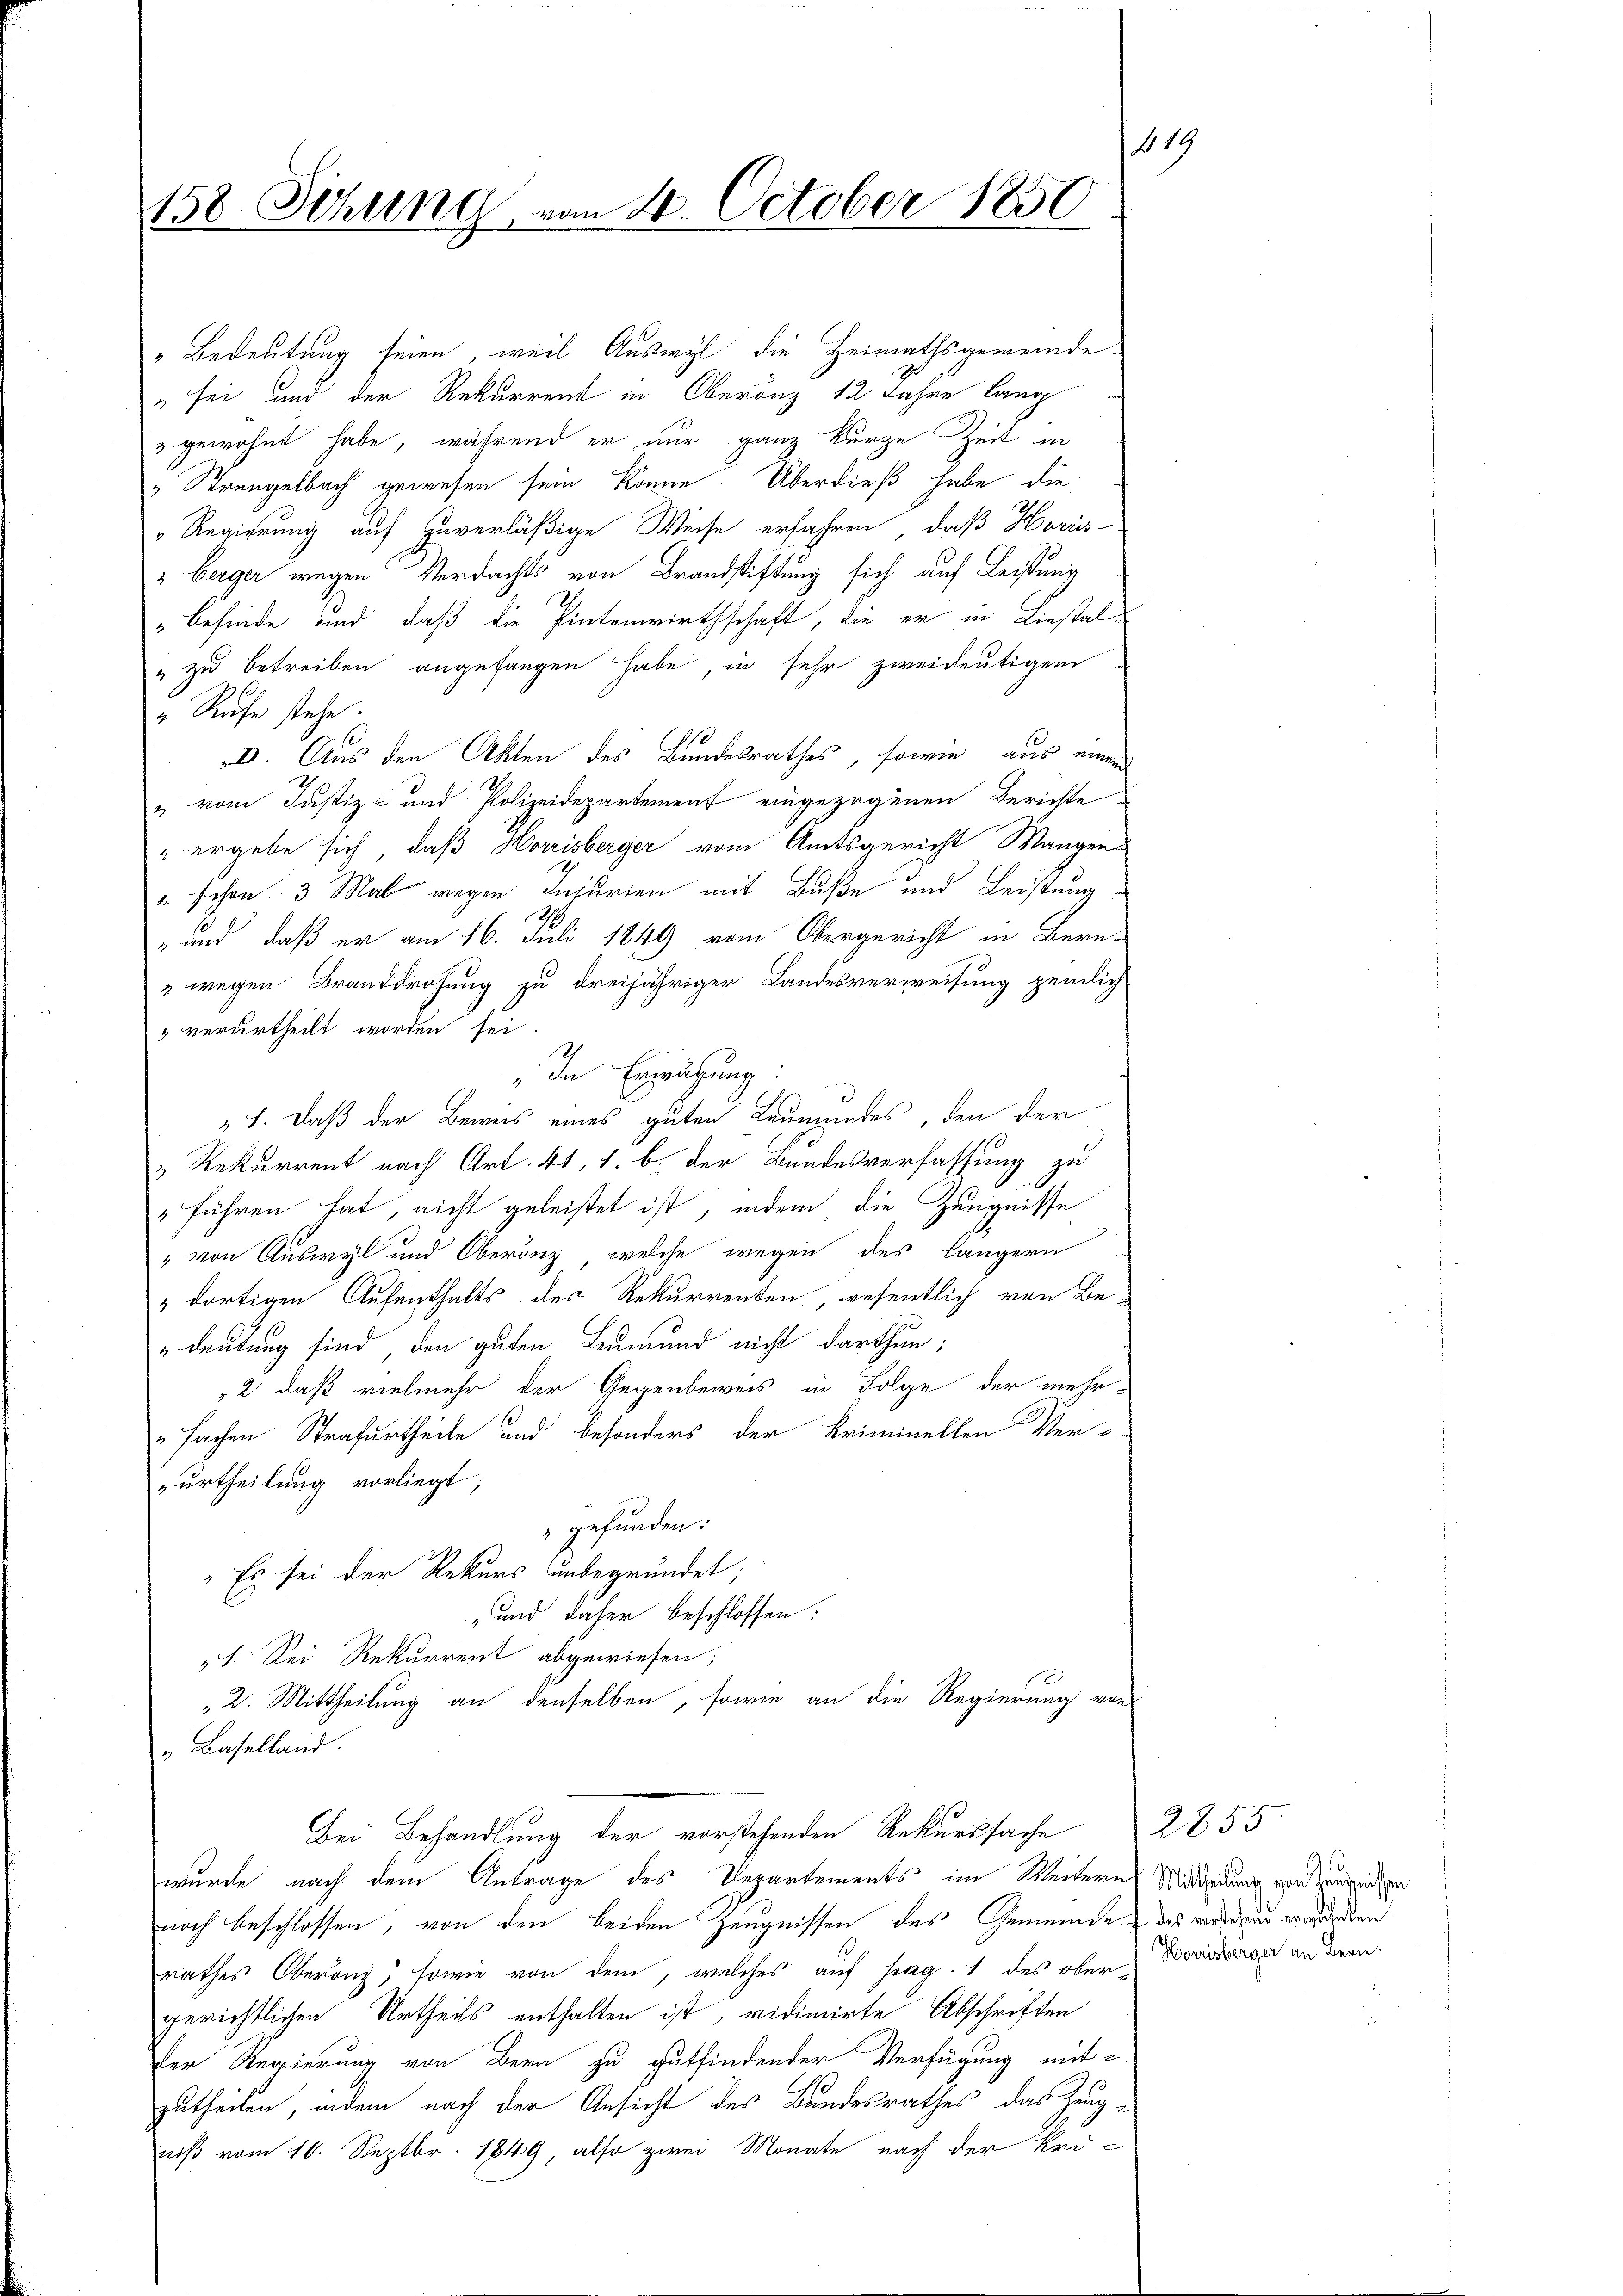
119
158. Ochung, vom 20. October 1850
.

„Bedeutung seien, weil Auswyl die Heimathsgemeinde¬
 sei und der Rekurrent in Oberanz 12 Jahre lang
& gewohnt habe, während er nur ganz kurze Zeit in
 Strengelbach gewesen sein könne. Überdieß habe die
"Regierung auf Zuverläßige Weise erfahren, daß Horis-
berger wegen Verdachts von Brandstiftung sich auf Leistung
Z
" befinde und daß die Eintenwirthschaft, die er in Liestal¬
" zu betreiben angefangen habe, in sehr zweideutigem
" Rufe stehe.
D. Aus den Akten des Bundesrathes, sowie aus einem
" vom Justiz- und Polizeidepartement eingezogenen Berichte
" ergebe sich, daß Horrisberger vom Amtsgericht Wangen
" schon 3 Mal wegen Injurien mit Buße und Leistung
" und daß er am 16. Juli 1849 vom Obergericht in Bern¬
"wegen Branddrohung zu dreijähriger Landesverweisung pendlich
3 verurtheilt worden sei.
" In Erwägung:
„1. Daß der Beweis eines guten Leumundes, den der
" Rekurrent nach Art. 41, 1. b. der Bundesverfassung zu
"führen hat, nicht geleistet ist, indem die Zeugnisse
" von Auswyl und Oberanz, welche wegen des längern
" dortigen Aufenthalts des Rekurrenten, wesentlich von Be¬
"Deutung sind, den guten Leumund nicht darthun;
2 daß vielmehr der Gegenbeweis in Folge der mehr-
fachen Strafurtheile und besonders der Kriminellen Verurtheilung vorliegt;
gefunden:
" Es sei der Rekurs unbegründet;
und daher beschlossen:
1. Sei Rekurrent abgewiesen;
2. Mittheilung an denselben, sowie an die Regierung von
„ Baselland.
Bei Behandlung der vorstehenden Rekurssache
wurde nach dem Antrage des Departements im Weitern Mittheidung von Zungenden
noch beschlossen, von den beiden Zeugnissen des Gemeinde das worderung erwürden
rathes Oberanz, sowie von dene, welches auf pag. 1 des ober, Boudra an deren
gerichtlichen Urtheils enthalten ist, vidimirte Abschriften
Der Regierung von Bern zu gutfindender Verfügung mit-
zutheilen, indem nach der Ansicht des Bundesrathes, das Zeugniß vom 10. Septbr. 1849, also zwei Monate nach der Uri¬

2855